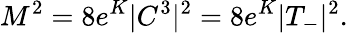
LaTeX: M^{2}=8e^{K}|C^{3}|^{2}=8e^{K}|T_{-}|^{2}.